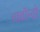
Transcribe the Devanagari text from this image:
चावॉन्दो